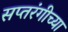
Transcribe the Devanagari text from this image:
सप्तरंगीच्या